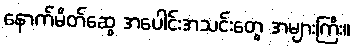
နောက်မိတ်ဆွေ အပေါင်းအသင်းတွေ အများကြီး။